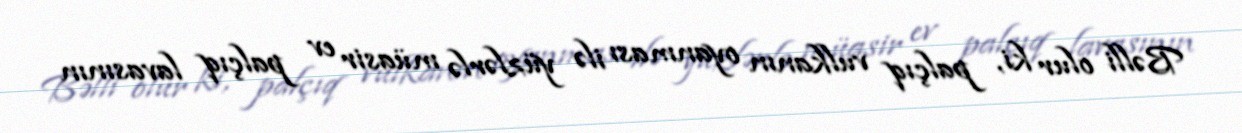
Bəlli olur ki, palçıq vulkanın oyanması ilə yüzlərlə müasir ev palçıq lavasının